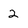
Character: 2